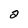
Character: 2